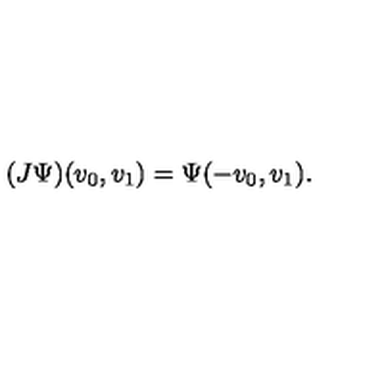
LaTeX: ( J \Psi ) ( v _ { 0 } , v _ { 1 } ) = \Psi ( - v _ { 0 } , v _ { 1 } ) .